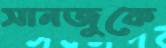
সানজুকে